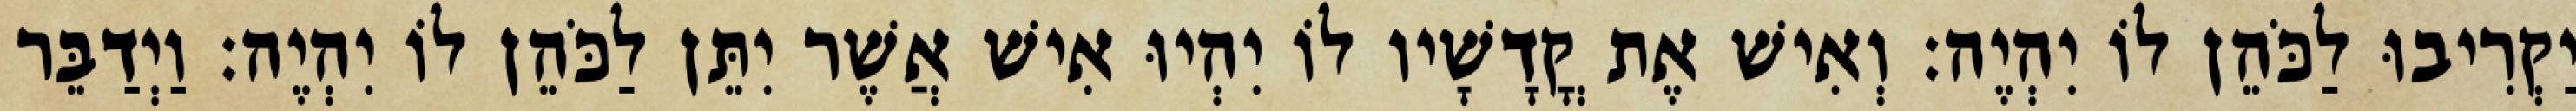
יַקְרִיבוּ לַכֹּהֵן לוֹ יִהְיֶה׃ וְאִישׁ אֶת קֳדָשָׁיו לוֹ יִהְיוּ אִישׁ אֲשֶׁר יִתֵּן לַכֹּהֵן לוֹ יִהְיֶה׃ וַיְדַבֵּר